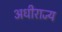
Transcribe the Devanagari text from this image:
अधीराज्य